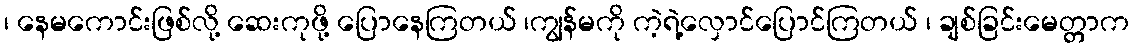
၊ နေမကောင်းဖြစ်လို့ ဆေးကုဖို့ ပြောနေကြတယ် ၊ကျွန်မကို ကဲ့ရဲ့လှောင်ပြောင်ကြတယ် ၊ ချစ်ခြင်းမေတ္တာက